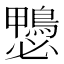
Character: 𱈶